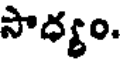
సాధ్యం.